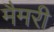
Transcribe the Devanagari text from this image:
मैमरी